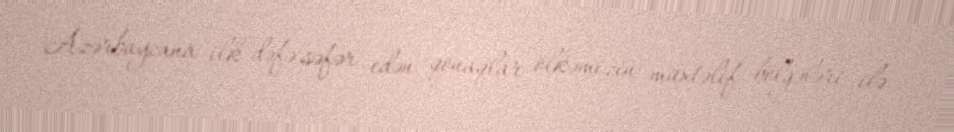
Azərbaycana ilk dəfə səfər edən qonaqlar ölkəmizin müxtəlif bölgələri ilə